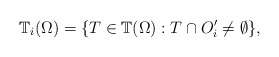
\begin{align*}\mathbb T_i(\Omega) = \{ T \in \mathbb T(\Omega) : T \cap O_i' \neq \emptyset \},\end{align*}